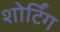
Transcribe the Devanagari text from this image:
शोर्टिंग